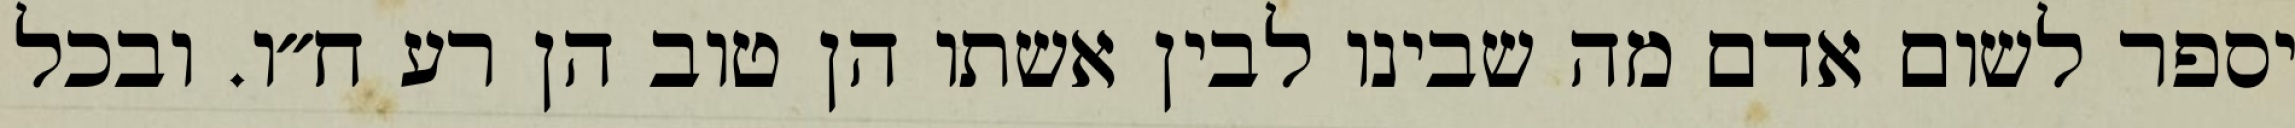
יספר לשום אדם מה שבינו לבין אשתו הן טוב הן רע ח״ו. ובכל